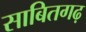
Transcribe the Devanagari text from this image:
साबितगढ़